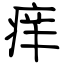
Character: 痒